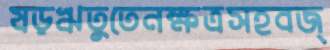
ষড়ঋতুতেনক্ষত্রসহবজ্